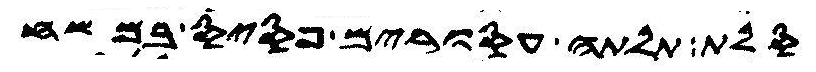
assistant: סלת תלתה עסורים פסיס במשח